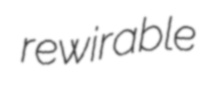
rewirable